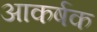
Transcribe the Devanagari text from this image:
अाकर्षक